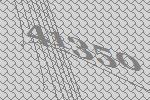
41350